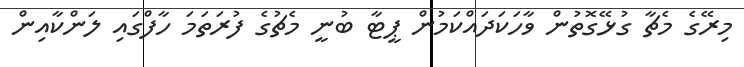
މިރޭގެ މެޗާ ގުޅޭގޮތުން ވާހަކަދައްކަމުން ޕީޓާ ބުނީ މެޗުގެ ފުރަތަމަ ހާފްގައި ލަންކާއިން